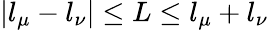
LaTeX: |l_{\mu}-l_{\nu}|\leq L\leq l_{\mu}+l_{\nu}